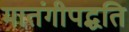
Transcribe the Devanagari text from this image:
मातंगीपद्धति